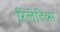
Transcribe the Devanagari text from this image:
रिलेटिव्स